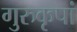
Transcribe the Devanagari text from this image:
गुरुकृपां